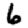
Digit: 6